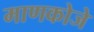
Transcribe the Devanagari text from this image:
माणकोजे